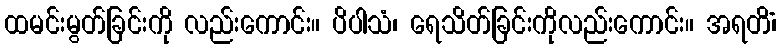
ထမင်းမွတ်ခြင်းကို လည်းကောင်း။ ပိပါသံ၊ ရေသိတ်ခြင်းကိုလည်းကောင်း။ အရတိံ၊